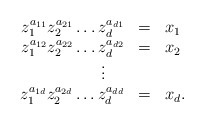
\begin{align*}\begin{array}{rcl} z_1^{a_{11}}z_2^{a_{21}}\ldots z_d^{a_{d1}}&=&x_1\\ z_1^{a_{12}}z_2^{a_{22}}\ldots z_d^{a_{d2}}&=&x_2\\ \multicolumn{3}{c}{\vdots}\\ z_1^{a_{1d}}z_2^{a_{2d}}\ldots z_d^{a_{dd}}&=&x_d.\end{array}\end{align*}